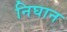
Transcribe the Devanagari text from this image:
निघान